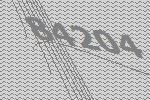
84204